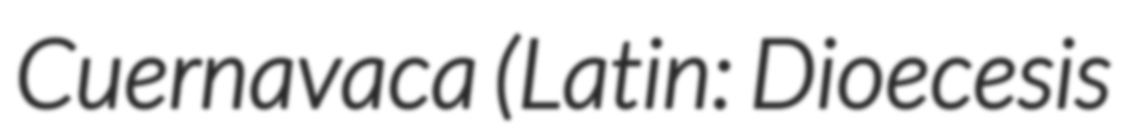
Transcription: Cuernavaca (Latin: Dioecesis